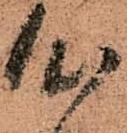
心